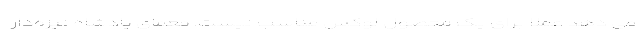
می دهد عملا برای یک محصول لوکس مناسب نیست! معمای پادشاه نیزه‌دار